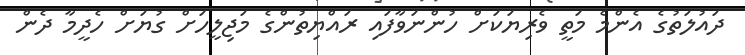
ދައުލަތުގެ އެންމެ މަތީ ވެރިޔަކަށް ހުންނަވާފައި ރައްޔިތުންގެ މަޖިލީހަށް ގުޔަށް ހެދީމާ ދެން